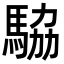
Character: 𬳫